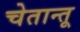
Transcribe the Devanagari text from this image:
चेतान्तू